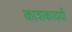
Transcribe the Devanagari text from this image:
काशकादर्यो